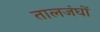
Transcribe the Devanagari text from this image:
तालजंघों